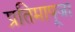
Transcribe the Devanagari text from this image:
प्रतिमापूजा